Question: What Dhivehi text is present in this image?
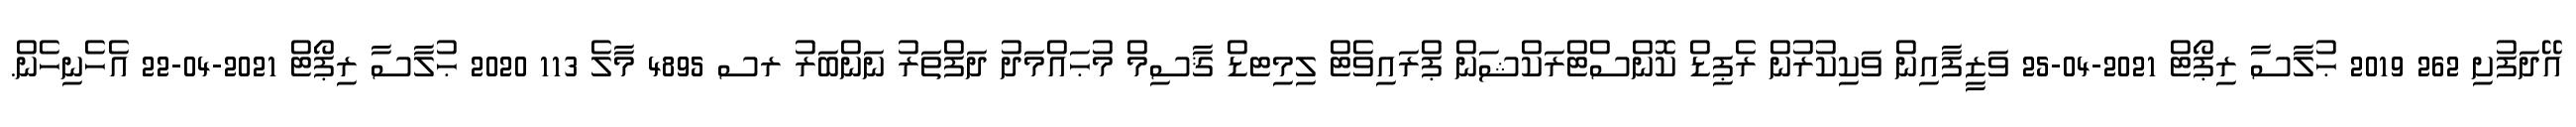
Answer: އޭދަފުށި 262 2019 ޙުލާސާ ރިޕޯޓް 2021-04-25 ވަޒީފާއިން ވަކިކުރުން ރެޕިޑް ކޮންސްޓްރަކްޝަން ޕްރައިވެޓް ލިމިޓޑް ޤާސިމް މުޙައްމަދު ދަފްތަރު ނަންބަރު ރސ 4895 މާލެ 113 2020 ޙުލާސާ ރިޕޯޓް 2021-04-22 އެހެނިހެން.